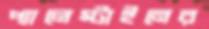
প্যালেস্টাইনের